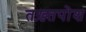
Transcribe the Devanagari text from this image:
तख़्तपोश